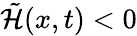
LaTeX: \tilde{\mathcal{H}}(x,t)<0